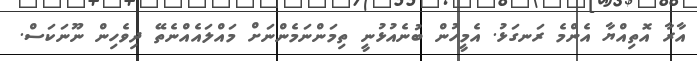
އާރާ އޮތިއްޔާ އެންމެ ރަނގަޅު. އެމީހުން ބުނެއުޅުނީ ތިމަންނަމެންނަށް މައްލައެއްނެތޭ ދިވެހިން ނޫނަކަސް.